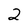
Character: 2